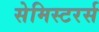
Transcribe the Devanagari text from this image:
सेमिस्टरर्स